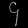
Digit: ၄